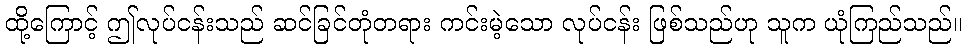
ထို့ကြောင့် ဤလုပ်ငန်းသည် ဆင်ခြင်တုံတရား ကင်းမဲ့သော လုပ်ငန်း ဖြစ်သည်ဟု သူက ယုံကြည်သည်။